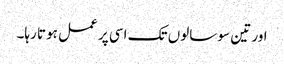
اور تین سو سالوں تک اسی پر عمل ہوتا رہا۔